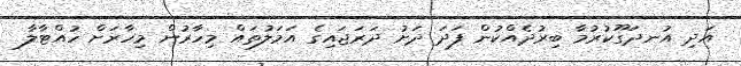
އަދި އުނދަގޫކުރުމާ ބިރުދެއްކުން ފަދަ ދަށު ދަރަޖައިގެ އަމަލުތައް މިހާރުން މިހާރަށް ހުއްޓާލާ